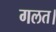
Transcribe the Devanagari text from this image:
गलत।